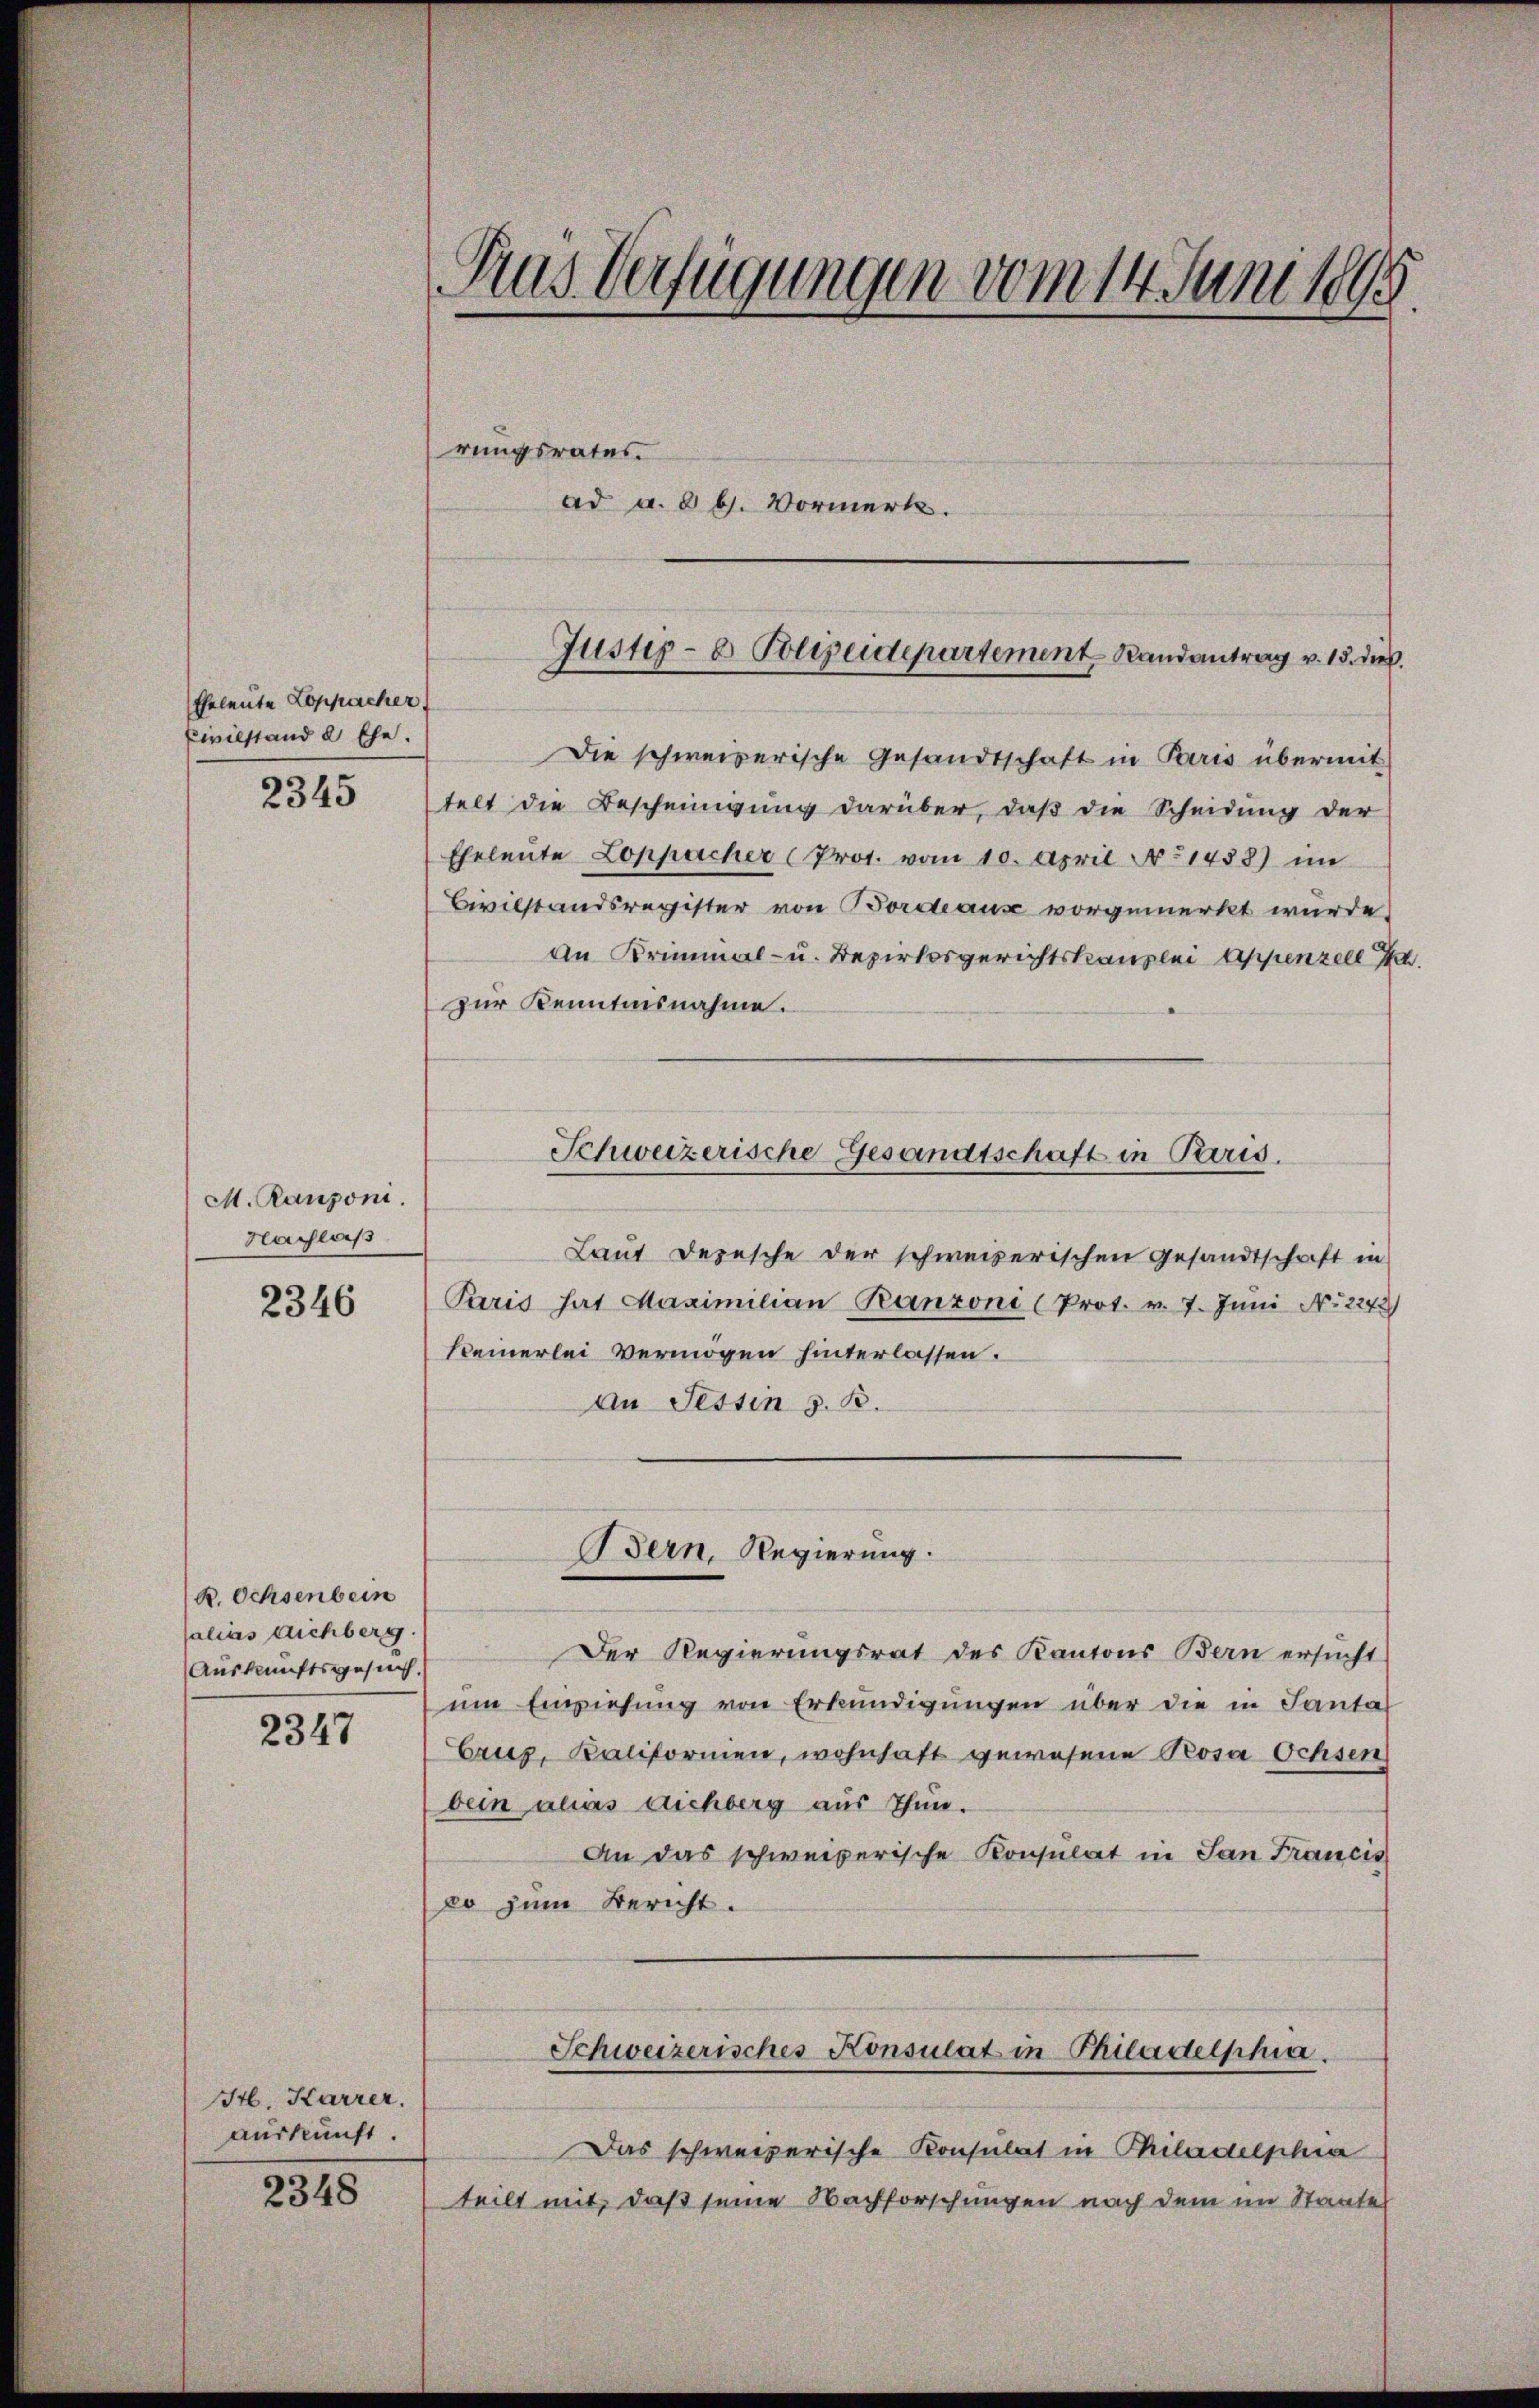
Eheleute Loppacher
Civilstand d Ehe.

2345

M. Ranzoni.
Nachlaß

2346

B. Ochsenbein
salias dichberg
Auskunftsgesuch,

2347

Itl. Karrer.
auskunft.

2348

Aus Verfügungen vom 14. Juni 1895

rungsrates
ad a. 8 b. Vormerk.

Die schweizerische Gesandtschaft in Paris übermit
telt die Bescheinigung darüber, daß die Scheidung der
Eheleute Loppacher (Prot. vom 10. April 1458) im
Civilstandsregister von Bordeaus vorgemerkt wurde.
An Krimmal- u. Bezirksgerichtskanzlei Appenzell I.
zur Kenntnisnahme.
Schweizerische Gesandtschaft in Paris.
Laut Depesche der schweizerischen Gesandtschaft in
Paris hat Maximilian Ranzoni (Prot. v. 7. Juni No 2243)
Keinerlei Vermögen hinterlassen.
an Tessin z. B.

Justiz- & Polizeidepartement Randantrag v. 15. d.

Bern, Regierung.

Der Regierungsrat des Kantons Bern ersŭcht
um Einziehung von Erkundigungen über die in Santal
Cruz, Kaliformen, wohnhaft gewesene Posa Ochsen
bein alias dichberg aus Thun.
An das schweizerische Konsulat in San Francis
so zum Bericht.
Schweizerisches Konsulat in Philadelphia
Das schweizerische Konsulat in Philadelphia
teilt mit, daß seine Nachforschungen nach dem im Staates